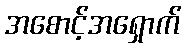
အစောင့်အရှောက်